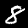
Digit: 8